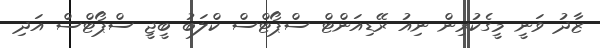
ޒާދު ވަނީ މީގެކުރިން ނިއު ރޭޑިއަންޓް ސްޕޯޓްސް ކްލަބު ބީޖީ ސްޕޯޓްސް އަދި